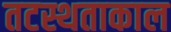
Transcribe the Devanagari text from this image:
तटस्थताकाल